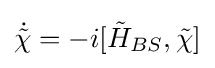
{\dot {\tilde {\chi }}}=-i[{\tilde {H}}_{BS},{\tilde {\chi }}]